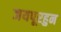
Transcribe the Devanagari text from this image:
जयपूरहुन